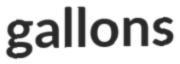
gallons